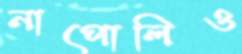
নাপোলিও